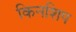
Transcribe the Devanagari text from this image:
किनशिप